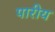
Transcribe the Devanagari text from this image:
पारीय